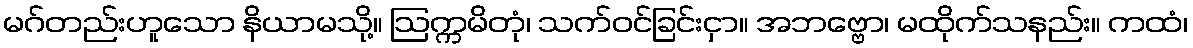
မဂ်တည်းဟူသော နိယာမသို့။ ဩက္ကမိတုံ၊ သက်ဝင်ခြင်းငှာ။ အဘဗ္ဗော၊ မထိုက်သနည်း။ ကထံ၊